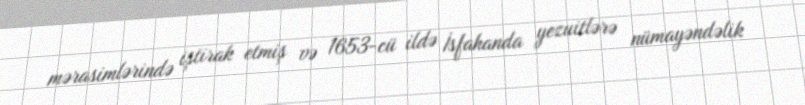
mərasimlərində iştirak etmiş və 1653-cü ildə İsfahanda yezuitlərə nümayəndəlik